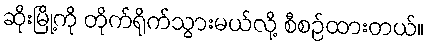
ဆိုးမြို့ကို တိုက်ရိုက်သွားမယ်လို့ စီစဉ်ထားတယ်။